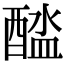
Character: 𨡬